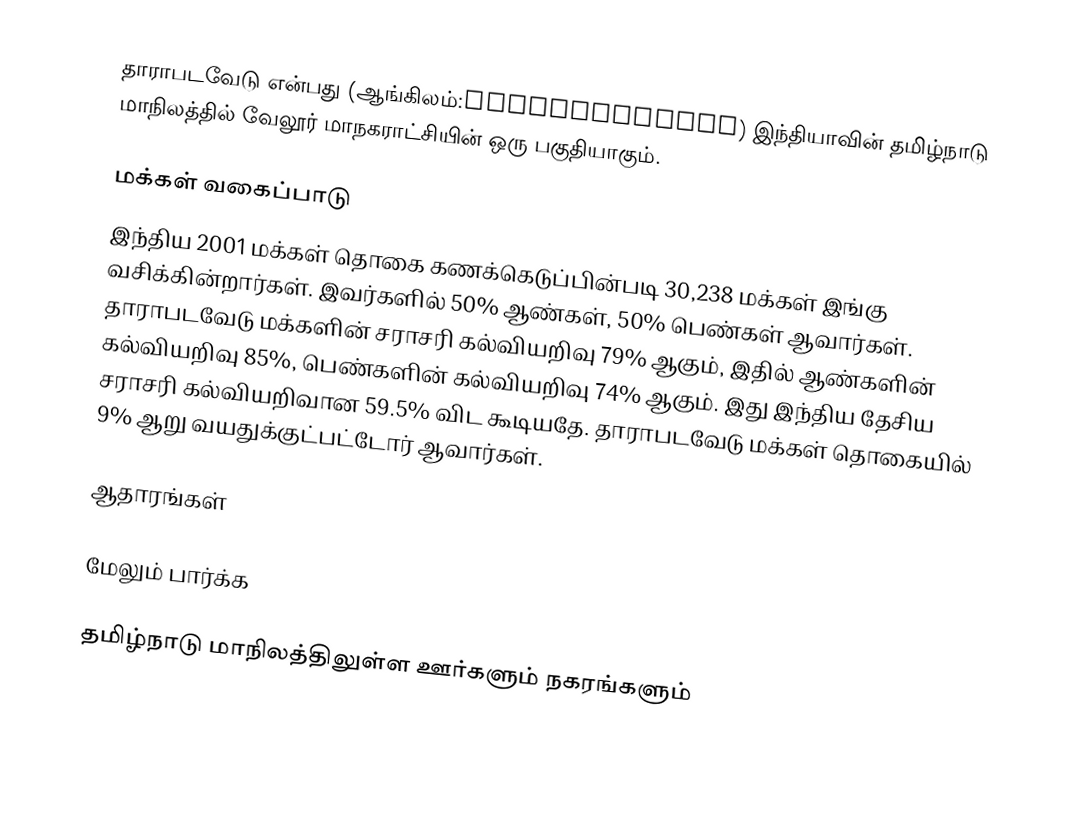
தாராபடவேடு என்பது (ஆங்கிலம்:Dharapadavedu) இந்தியாவின் தமிழ்நாடு மாநிலத்தில் வேலூர் மாநகராட்சியின் ஒரு பகுதியாகும்.

மக்கள் வகைப்பாடு
இந்திய 2001 மக்கள் தொகை கணக்கெடுப்பின்படி 30,238 மக்கள் இங்கு வசிக்கின்றார்கள்.  இவர்களில் 50% ஆண்கள், 50% பெண்கள் ஆவார்கள். தாராபடவேடு  மக்களின் சராசரி கல்வியறிவு 79% ஆகும், இதில் ஆண்களின் கல்வியறிவு 85%, பெண்களின் கல்வியறிவு 74% ஆகும். இது இந்திய தேசிய சராசரி கல்வியறிவான 59.5% விட கூடியதே. தாராபடவேடு  மக்கள் தொகையில் 9% ஆறு வயதுக்குட்பட்டோர் ஆவார்கள்.

ஆதாரங்கள்

மேலும் பார்க்க

தமிழ்நாடு மாநிலத்திலுள்ள ஊர்களும் நகரங்களும்